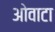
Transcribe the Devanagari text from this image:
ओवाटा